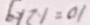
1 0 = 1 . 2 k g